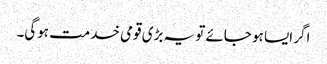
اگر ایسا ہو جائے تو یہ بڑی قومی خدمت ہوگی۔